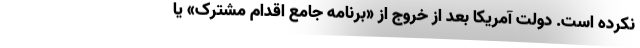
نکرده است. دولت آمریکا بعد از خروج از «برنامه جامع اقدام مشترک» یا